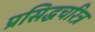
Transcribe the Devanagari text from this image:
प्रसिद्धचरित्र